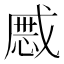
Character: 𢧯